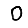
Digit: 0